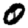
Digit: 0